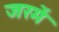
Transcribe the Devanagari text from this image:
जरमें